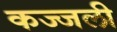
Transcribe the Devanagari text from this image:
कज्‍जली